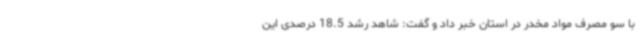
با سو مصرف مواد مخدر در استان خبر داد و گفت: شاهد رشد 18.5 درصدی این